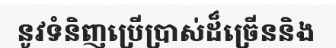
នូវទំនិញប្រើប្រាស់ដ៏ច្រើននិង